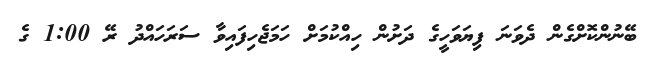
ބޭނުންކޮށްގެން ދެވަނަ ފިޔަވަހީގެ ދަށުން ހިއްކުމަށް ހަމަޖެހިފައިވާ ސަރަހައްދު ރޭ 1:00 ގެ